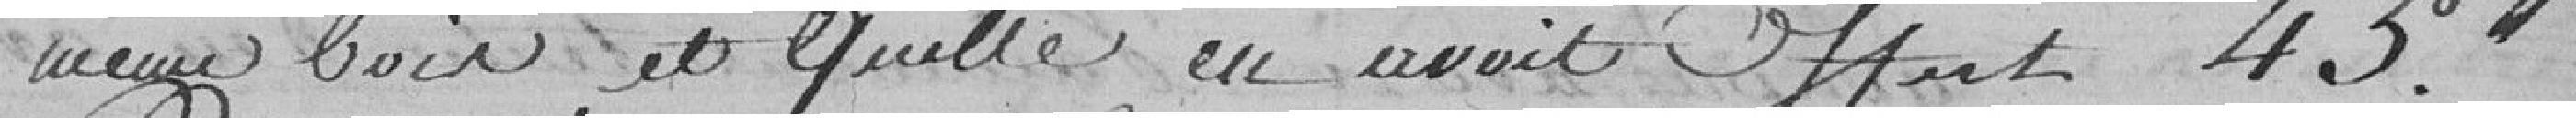
même boire, et quelle en avait offert 45. francs?